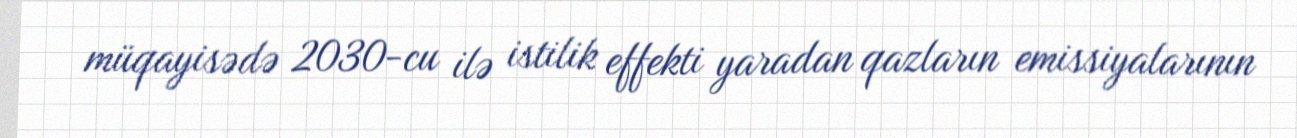
müqayisədə 2030-cu ilə istilik effekti yaradan qazların emissiyalarının